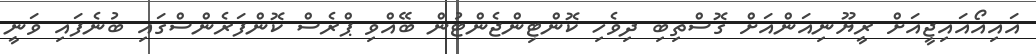
އައިއޯއައިޖީއަށް ރީޔޫނިއަންއަށް ގޮސްތިބި ދިވެހި ކޮންޓިންޖެންޓުން ބޭއްވި ޕްރެސް ކޮންފަރެންސްގައި ބުނެފައި ވަނީ